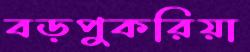
বড়পুকরিয়া